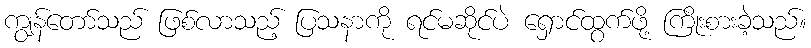
ကျွန်တော်သည် ဖြစ်လာသည့် ပြသနာကို ရင်မဆိုင်ပဲ ရှောင်ထွက်ဖို့ ကြိုးစားခဲ့သည်။